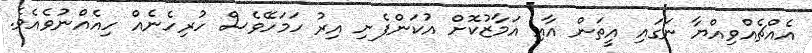
އެއްޗެއްވިއްޔާ ނަގައި އީތަން އާއި އަމާޒުކޮށް އުކަންފެށި އިރު ހަމަހޭވެސް ހުރިހެނެއް ހިއެއްނުވެއެވެ.